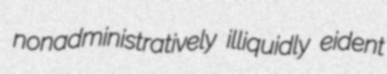
nonadministratively illiquidly eident